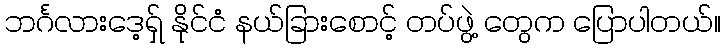
ဘင်္ဂလားဒေ့ရှ် နိုင်ငံ နယ်ခြားစောင့် တပ်ဖွဲ့ တွေက ပြောပါတယ်။